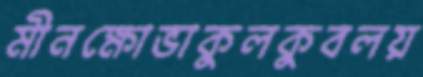
মীনক্ষোভাকুলকুবলয়